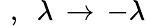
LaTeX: \! \! \! \! \! \! \! \! \! \! \! \! \! \! \! \! \! \! \! \! \! \! \! \! \! \! {P\, \leftrightarrow\, -\mathbb{Q}\, \, \, ,\, \, \, \lambda\, \rightarrow\, -\lambda}